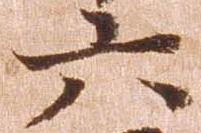
六